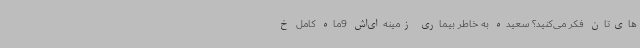
های‌تان فکر می‌کنید؟ سعیده به خاطر بیماری زمینه‌ای‌اش 9ماه کامل خ